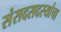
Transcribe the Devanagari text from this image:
संसदसदस्यांचा